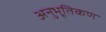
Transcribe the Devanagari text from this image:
अनुभूतिकण